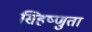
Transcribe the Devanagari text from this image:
सिहष्णुता